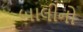
બાલીનો